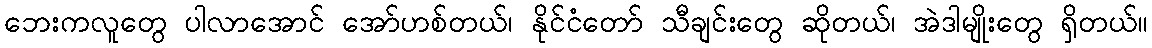
ဘေးကလူတွေ ပါလာအောင် အော်ဟစ်တယ်၊ နိုင်ငံတော် သီချင်းတွေ ဆိုတယ်၊ အဲဒါမျိုးတွေ ရှိတယ်။